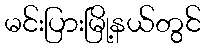
မင်းပြားမြို့နယ်တွင်